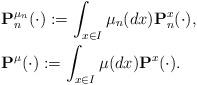
LaTeX: \begin{align*}\begin{aligned}&\mathbf{P}^{\mu_n}_n(\cdot):=\int_{x\in I}\mu_n(dx)\mathbf{P}^x_n(\cdot), \\&\mathbf{P}^\mu(\cdot):=\int_{x\in I}\mu(dx)\mathbf{P}^x(\cdot).\end{aligned}\end{align*}